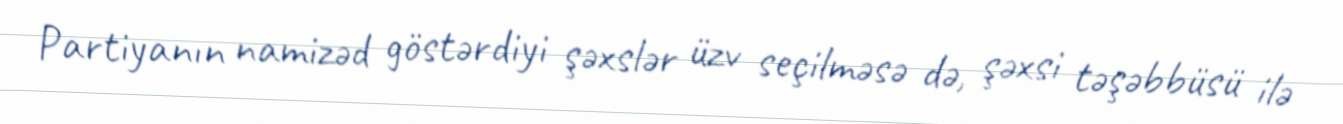
Partiyanın namizəd göstərdiyi şəxslər üzv seçilməsə də, şəxsi təşəbbüsü ilə